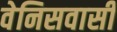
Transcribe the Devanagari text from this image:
वेनिसवासी